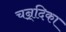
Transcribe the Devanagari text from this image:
चन्र्दिका